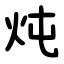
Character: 炖